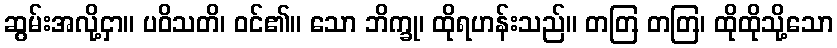
ဆွမ်းအလို့ငှာ။ ပဝိသတိ၊ ဝင်၏။ သော ဘိက္ခု၊ ထိုရဟန်းသည်။ တတြ တတြ၊ ထိုထိုသို့သော